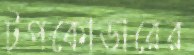
টপকোডারের